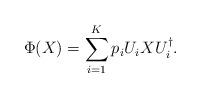
LaTeX: \begin{align*}\Phi(X) = \sum_{i=1}^K p_iU_i X U_i^{\dagger}.\end{align*}